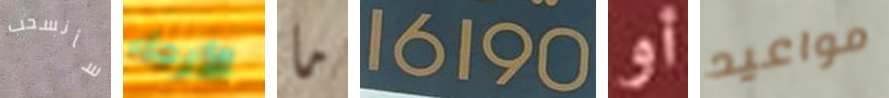
سأنسحب الأرجاء ما 16190 أو مواعيد